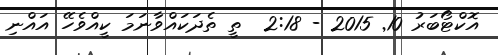
އޮކްޓޯބަރު 10